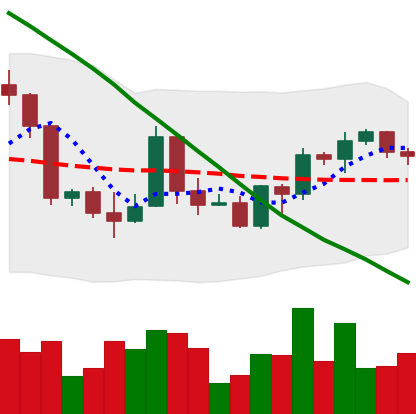
Ticker: BTC-USD
Chart end date: 2022-03-21
Forward return: 8.333%
Label: up_7plus